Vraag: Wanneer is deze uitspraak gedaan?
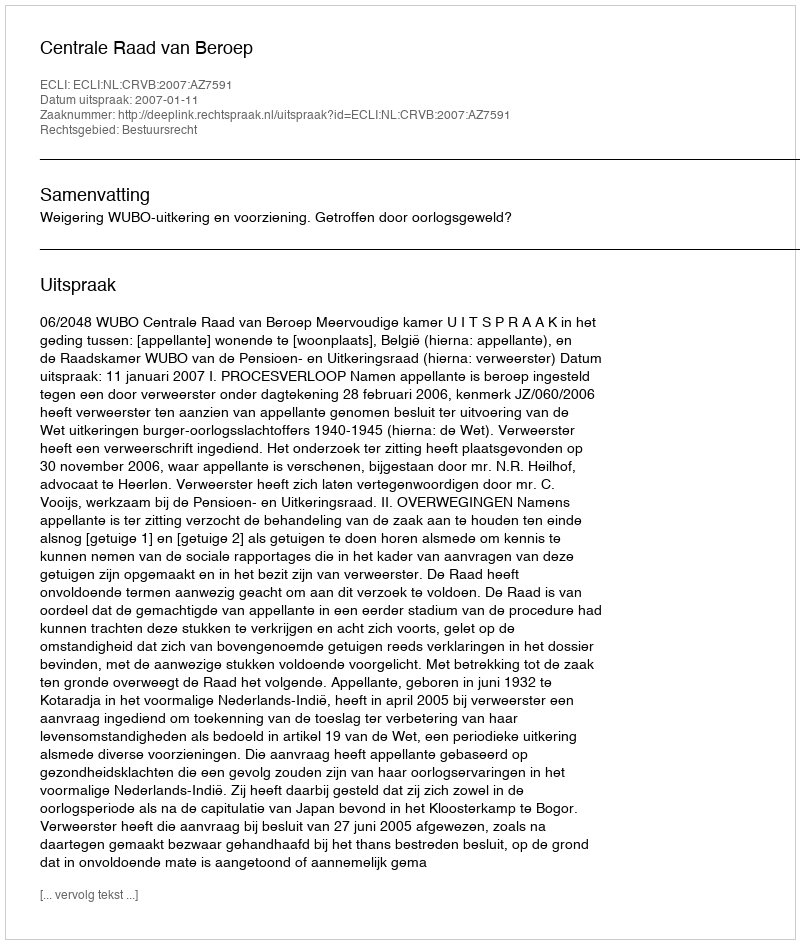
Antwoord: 2007-01-11